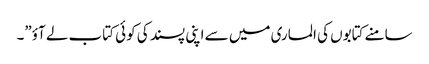
سامنے کتابوں کی الماری میں سے اپنی پسند کی کوئی کتاب لے آؤ”۔